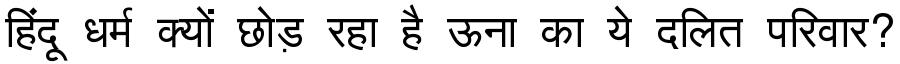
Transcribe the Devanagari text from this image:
हिंदू धर्म क्यों छोड़ रहा है ऊना का ये दलित परिवार?